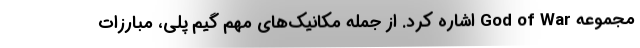
مجموعه God of War اشاره کرد. از جمله مکانیک‌های مهم گیم پلی، مبارزات